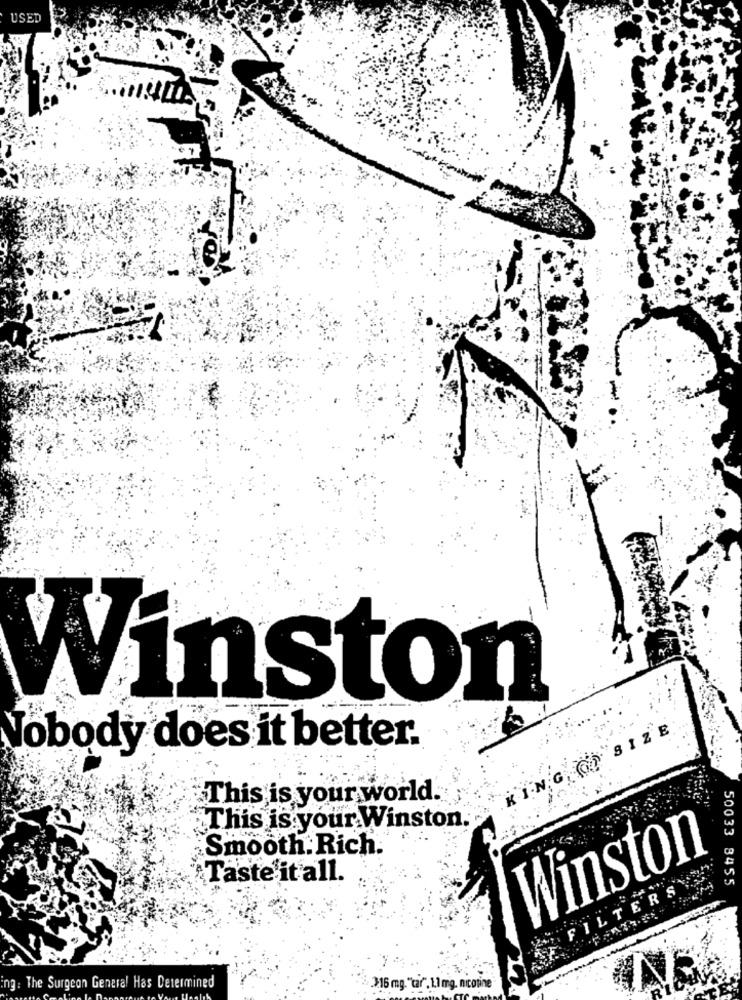
USED
Winston
KING OD SIZE
Nobody does it better.
This is your world.
This is your Winston.
Smooth: Rich.
Winston
Taste it all.
50033 8455
FILTERS
ing: The Surgeon General Has Determined
3:16 mg. "tar". 1.1 mg. nicotine